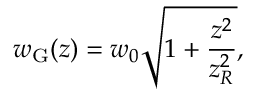
w _ { \mathrm { G } } ( z ) = w _ { 0 } \sqrt { 1 + \frac { z ^ { 2 } } { z _ { R } ^ { 2 } } } ,